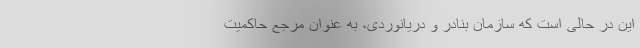
این در حالی است که سازمان بنادر و دریانوردی، به عنوان مرجع حاکمیت